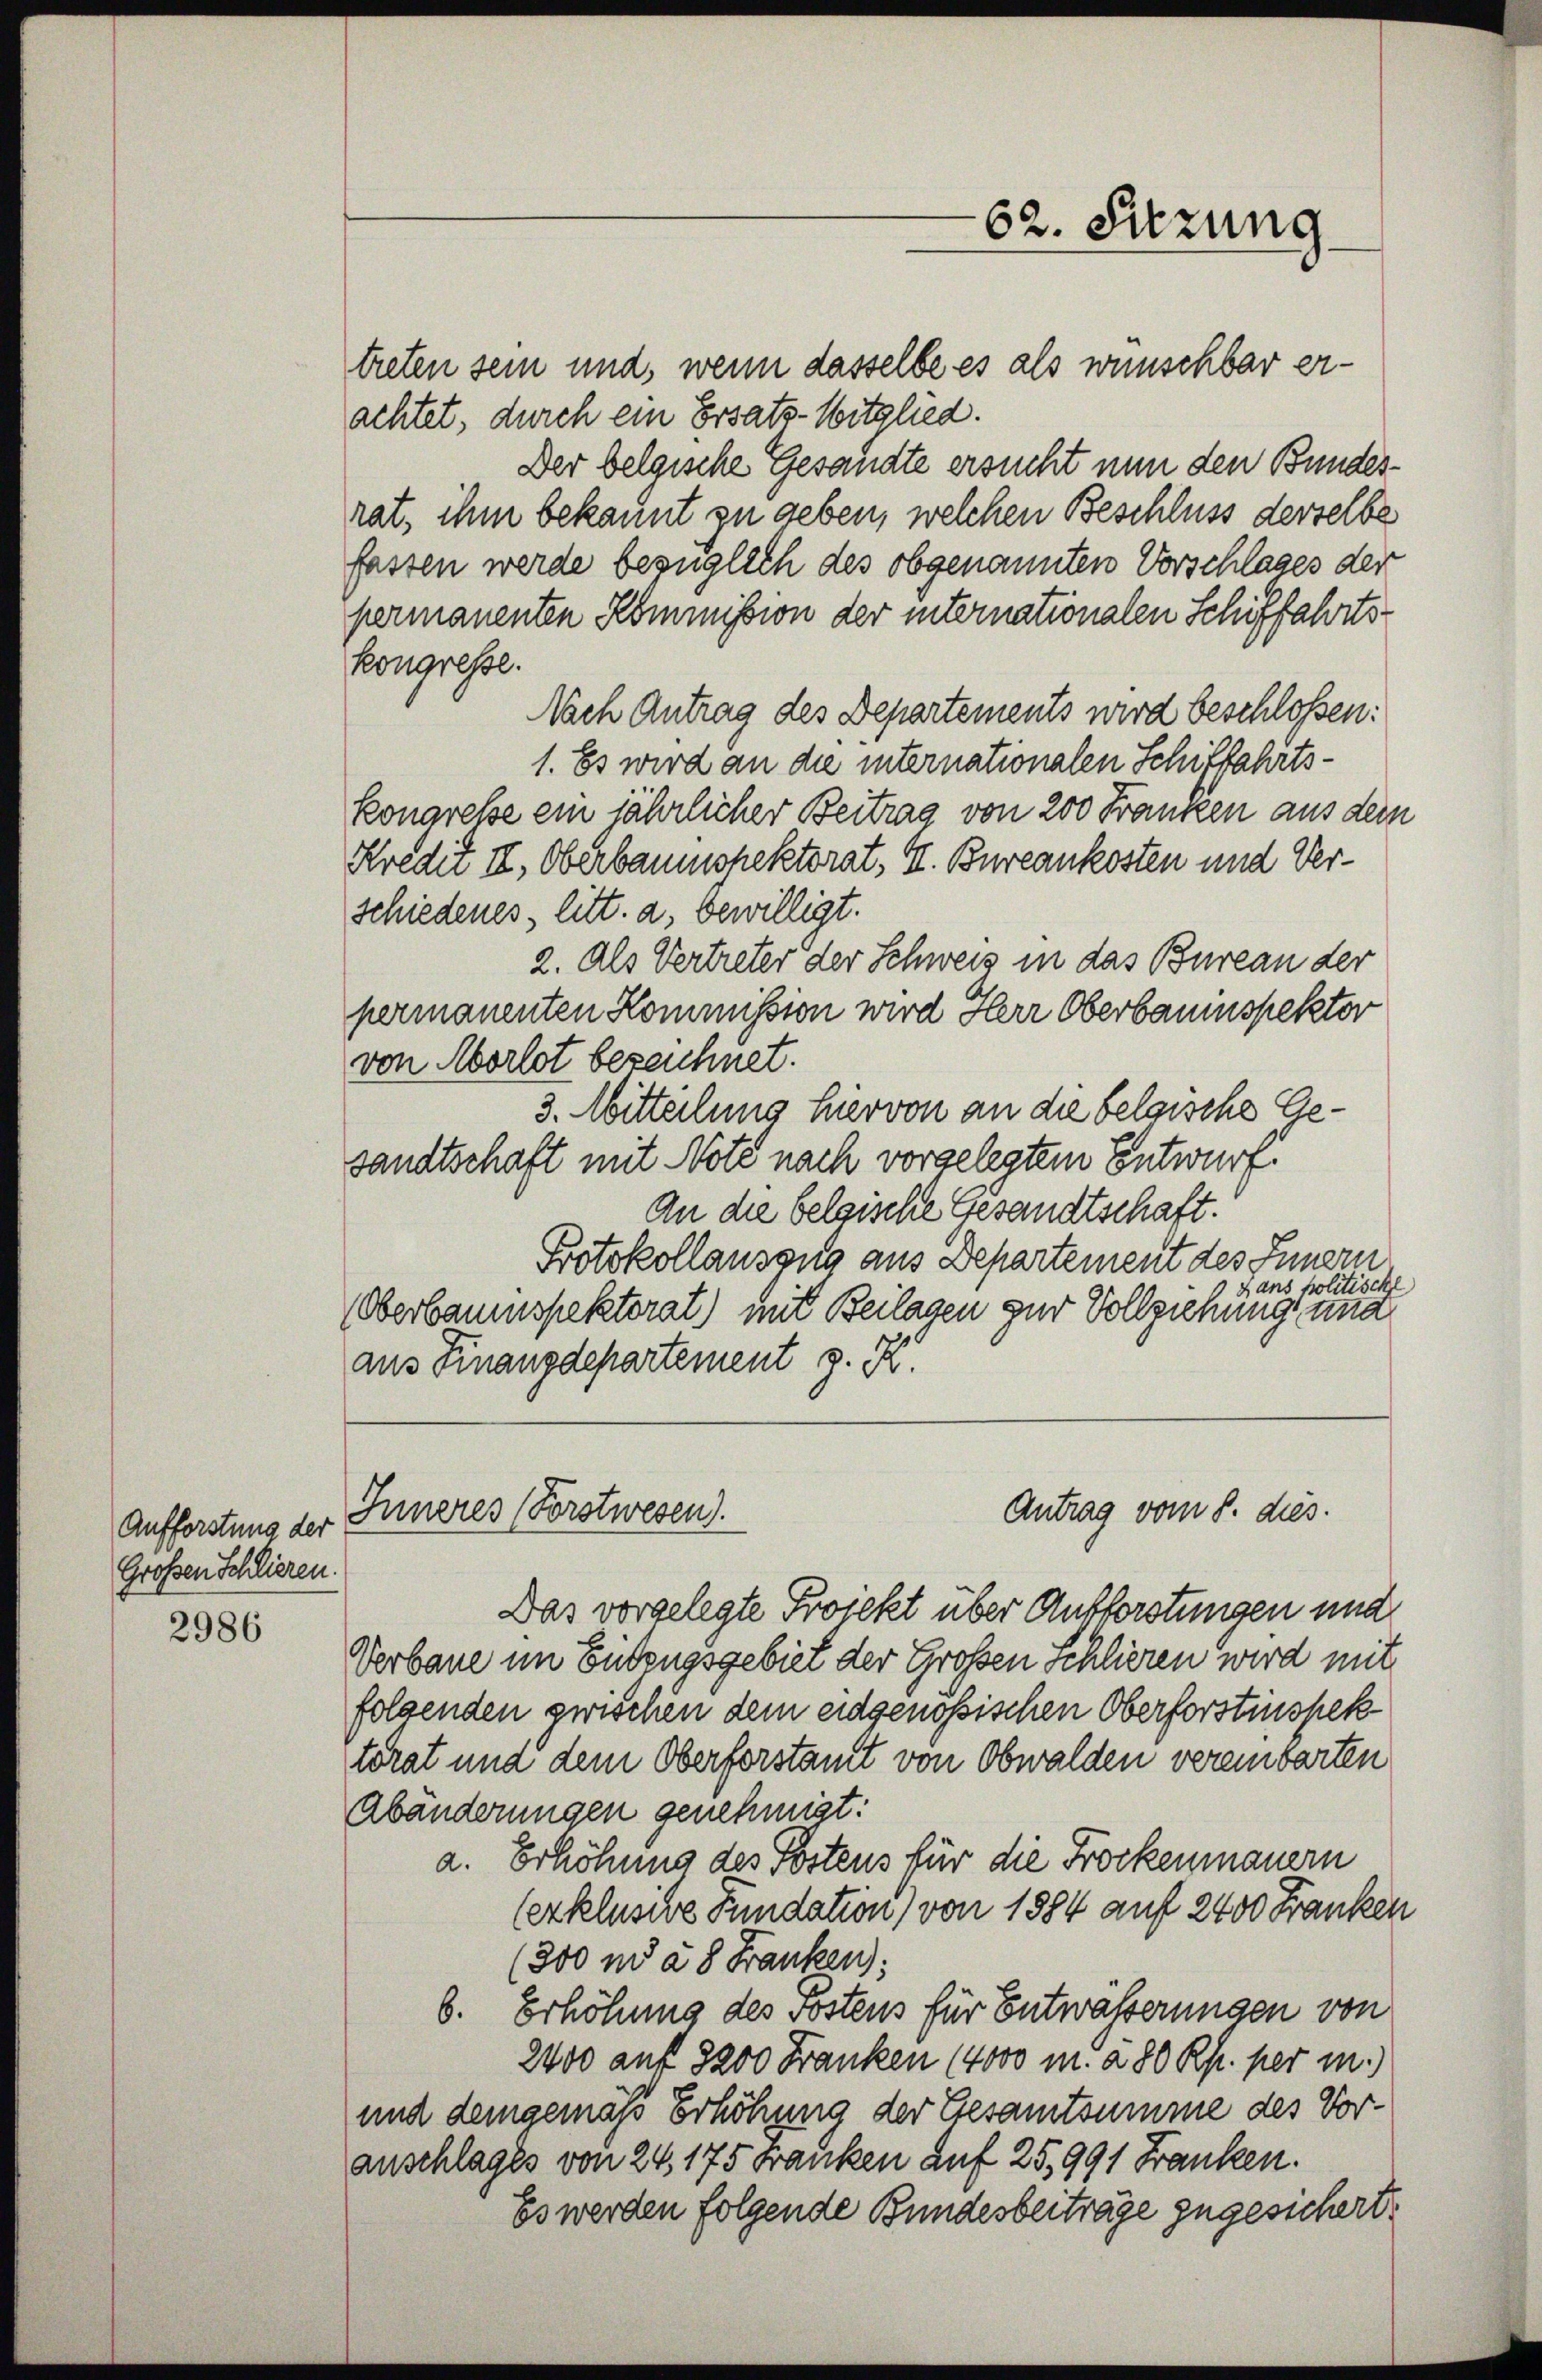
Aufforstung der
Großen Schlieren.

2986

treten sein und, wenn dasselbe es als wünschbar erachtet, durch ein Ersatz-Witglied.
Der belgische Gesandte ersucht nun den Bundesrat, ihm bekannt zu geben, welchen Beschluss derselbe
fassen werde bezüglich des obgenannten Vorschlages der
permanenten Kommission der internationalen Schiffahrtskongresse.
Nach Antrag des Departements wird beschlossen:
1. Es wird an die internationalen Schiffahrtskongresse ein jährlicher Beitrag von 200 Franken aus dem
Kredit II, Oberbaumshektorat, II. Bureaukosten und Verschiedenes, litt. a. bewilligt.
2. Als Vertreter der Schweiz in das Bureau der
permanenten Kommission wird Herr Oberbauinspektor
von Morlot bezeichnet.
3. Mitteilung hiervon an die belgische Gesandtschaft mit Note nach vorgelegtem Entwurf.
An die belgische Gesandtschaft.
Protokollauszug aus Departement des Innern
Hans politische
Oberbaumspektorat) mit Beilagen zur Vollziehung und
aus Finanzdepartement z. K.

62. Sitzung

Antrag vom 8. dies.
Inneres (Forstwesen.

Das vorgelegte Projekt über Aufforstungen und
Verbaue im Buszugsgebiet der Großen Schlieren wird mit
folgenden zwischen dem eidgenössischen Oberforstinspektorat und dem Oberforstamt von Obwalden vereinbarten
Abänderungen genehmigt:
a. Erhöhung des Postens für die Trockenmauern
(exklusive Fundation) von 1884 auf 2400 Franken
(800 ni à 8 Franken:
6. Erhöhung des Postens für Entwässerungen von
2400 auf 8200 Franken (4000 m. a. 80 Rp. per in
und demgemäß Erhöhung der Gesamtsumme des Voranschlages von 24, 175 Franken auf 25, 991 Franken.
Es werden folgende Bundesbeiträge zugesichert.